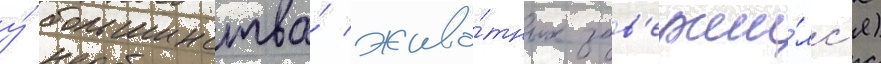
у́ большинства́ живо́тных зав'ерши́лс'я)